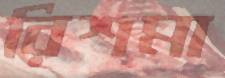
রিশমা